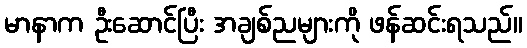
မာနာက ဦးဆောင်ပြီး အချစ်ညများကို ဖန်ဆင်းရသည်။